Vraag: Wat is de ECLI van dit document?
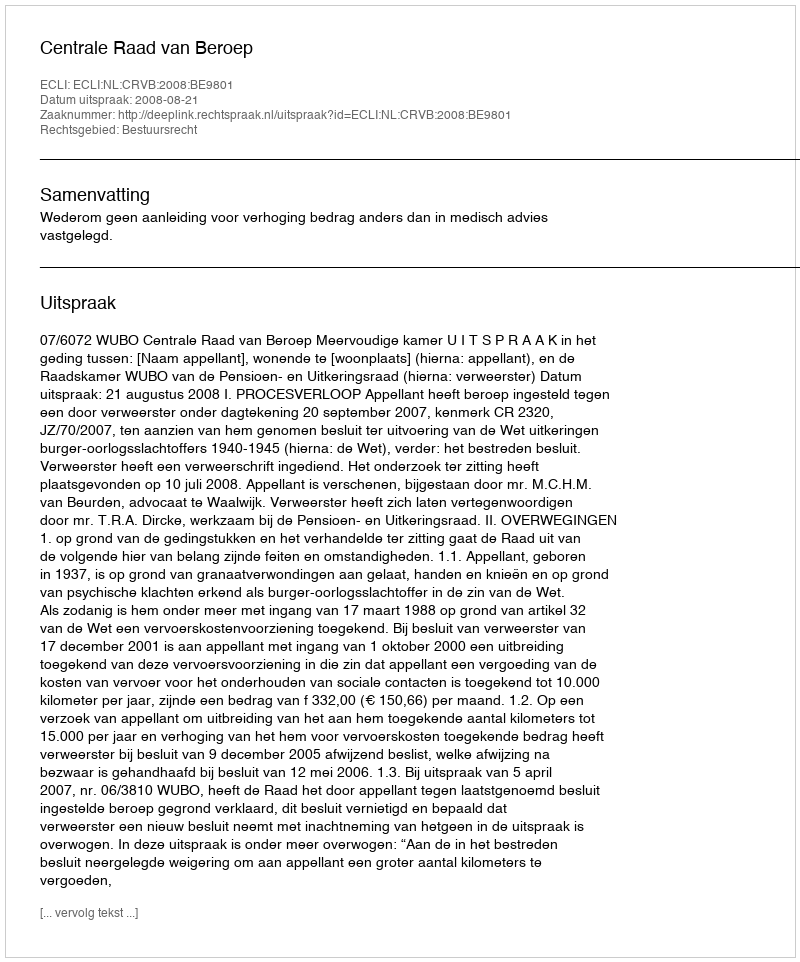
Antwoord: ECLI:NL:CRVB:2008:BE9801